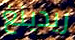
ريدينغ